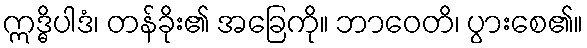
ဣဒ္ဓိပါဒံ၊ တန်ခိုး၏ အခြေကို။ ဘာဝေတိ၊ ပွားစေ၏။